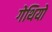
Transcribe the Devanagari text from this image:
गेथियो